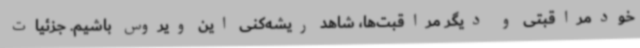
خودمراقبتی و دیگر مراقبت‌ها، شاهد ریشه‌کنی این ویروس باشیم. جزئیات